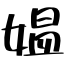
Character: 媼